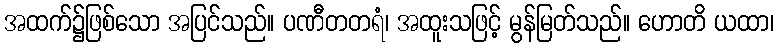
အထက်၌ဖြစ်သော အပြင်သည်။ ပဏီတတရံ၊ အထူးသဖြင့် မွန်မြတ်သည်။ ဟောတိ ယထာ၊